Sanitation, dispensaries and jails vaccination Rajputana 1922-1927 - 1922-1927
Year: 1922
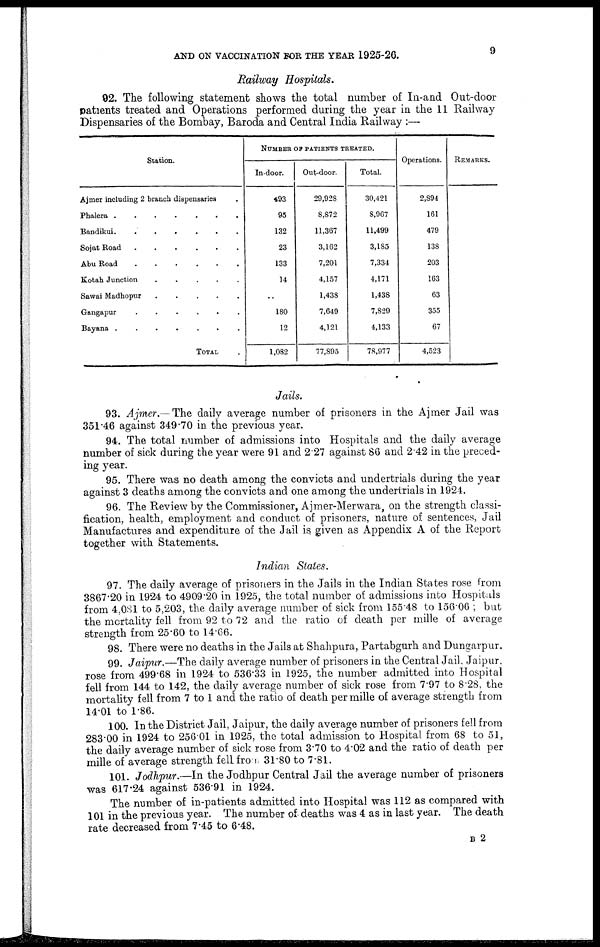
AND ON VACCINATION FOR THE YEAR 1925-26.
9
Railway Hospitals.
92. The following statement shows the total number of In-and Out-door
patients treated and Operations performed during the year in the 11 Railway
Dispensaries of the Bombay, Baroda and Central India Railway :—
Station.
Ajmer including 2 branch dispensaries
Phalera
.
.
.
.
.
.
Bandikui.
.
.
.
.
.
.
Sojat Road
.
.
.
.
.
.
Abu Road
.
.
.
.
.
.
Kotah Junction
.
.
.
.
.
Sawai Madhopnr
.
.
.
.
.
Gangapur
.
.
.
.
.
.
Bayana .
.
.
.
.
.
.
TOTAL .
NUMBER OF PATIENTS TREATED.
In-door.
493
95
132
23
133
14
..
180
12
1,082
Out-door.
29,928
8,872
11,367
3,162
7,201
4,157
1,438
7,649
4,121
77,895
Total.
30,421
8,967
11,499
3,185
7,334
4,171
1,438
7,829
4,133
78,977
Operations.
2,894
161
479
138
203
163
63
355
67
4,523
REMARKS.
Jails.
93. Ajmer.— The daily average number of prisoners in the Ajmer Jail was
351.46 against 349.70 in the previous year.
94. The total number of admissions into Hospitals and the daily average
number of sick during the year were 91 and 2.27 against 86 and 2.42 in the preced-
ing year.
95. There was no death among the convicts and undertrials during the year
against 3 deaths among the convicts and one among the undertrials in 1924.
96. The Review by the Commissioner, Ajmer-Merwara, on the strength classi-
fication, health, employment and conduct of prisoners, nature of sentences, Jail
Manufactures and expenditure of the Jail is given as Appendix A of the Report
together with Statements.
Indian States.
97. The daily average of prisoners in the Jails in the Indian States rose from
3867.20 in 1924 to 4909.20 in 1925, the total number of admissions into Hospitals
from 4,081 to 5,203, the daily average number of sick from 155.48 to 156.06 ; but
the mortality fell from 92 to 72 and the ratio of death per mille of average
strength from 25.60 to 14.66.
98. There were no deaths in the Jails at Shahpura, Partabgurh and Dungarpur.
99. Jaipur.—The daily average number of prisoners in the Central Jail. Jaipur,
rose from 499.68 in 1924 to 536.33 in 1925, the number admitted into Hospital
fell from 144 to 142, the daily average number of sick rose from 7.97 to 8.28, the
mortality fell from 7 to 1 and the ratio of death per mille of average strength from
14.01 to 1.86.
100. In the District Jail, Jaipur, the daily average number of prisoners fell from
283.00 in 1924 to 256.01 in 1925, the total admission to Hospital from 68 to 51,
the daily average number of sick rose from 3.70 to 4.02 and the ratio of death per
mille of average strength fell from 31.80 to 7.81.
101. Jodhpur.—In the Jodhpur Central Jail the average number of prisoners
was 617.24 against 536.91 in 1924.
The number of in-patients admitted into Hospital was 112 as compared with
101 in the previous year. The number of- deaths was 4 as in last year. The death
rate decreased from 7.45 to 6.48.
B 2